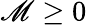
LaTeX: \mathscr{M}\ge0